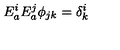
E _ { a } ^ { i } E _ { a } ^ { j } \phi _ { j k } = \delta _ { k } ^ { i }